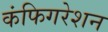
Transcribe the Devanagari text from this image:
कंफिगरेशन